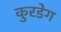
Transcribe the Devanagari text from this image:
कुरडेग